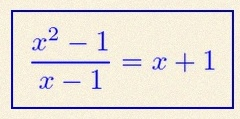
\frac{x^2-1}{x-1}=x+1